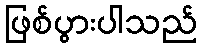
ဖြစ်ပွားပါသည်